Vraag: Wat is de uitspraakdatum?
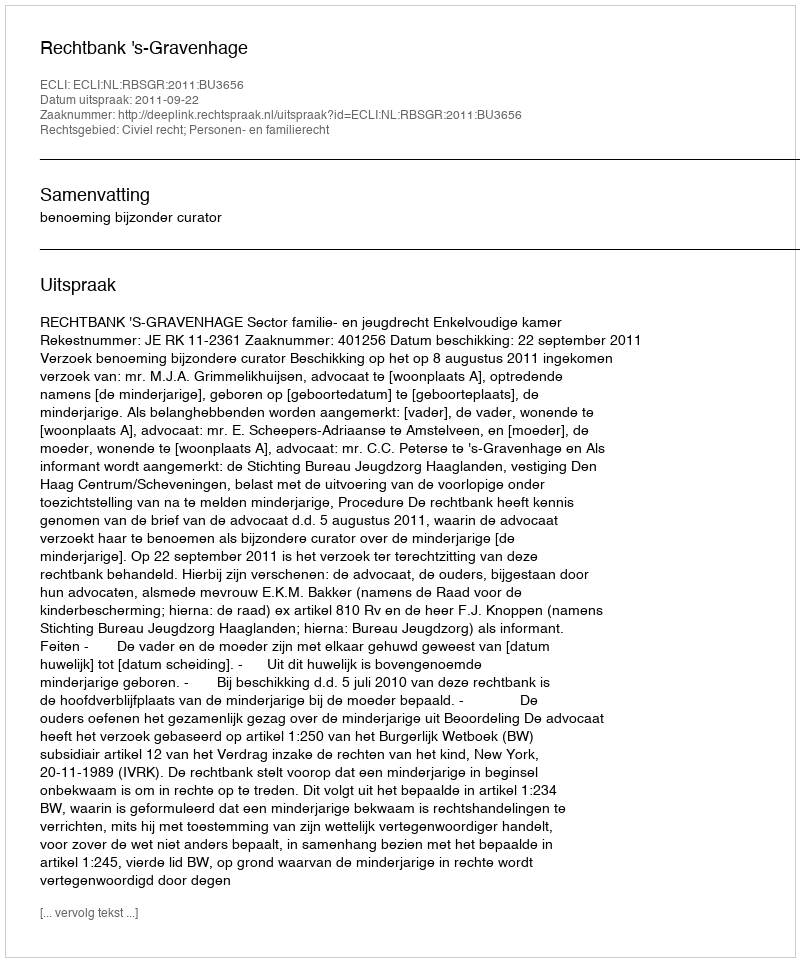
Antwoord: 2011-09-22